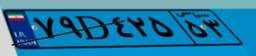
۹۲D۰۲۴۳۶